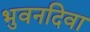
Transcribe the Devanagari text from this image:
भुवनदिवा